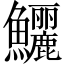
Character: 鱺